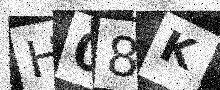
Text: H08K